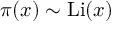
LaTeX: \pi ( x ) \sim \operatorname { L i } ( x )